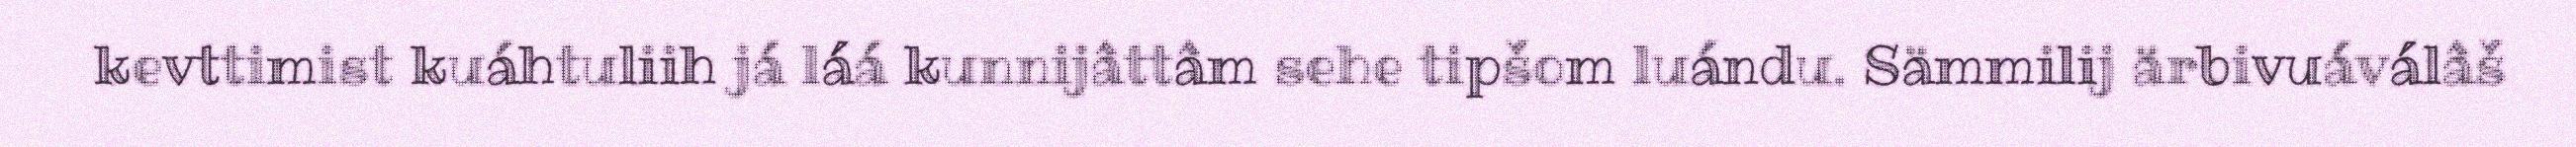
kevttimist kuáhtuliih já láá kunnijâttâm sehe tipšom luándu. Sämmilij ärbivuáválâš